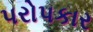
પરોપકાર